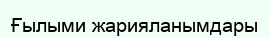
Ғылыми жарияланымдары